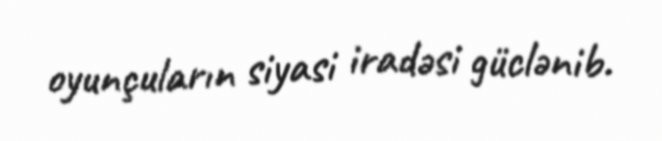
oyunçuların siyasi iradəsi güclənib.